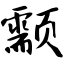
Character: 颥